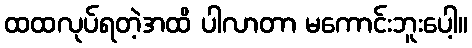
ထထလုပ်ရတဲ့အထိ ပါလာတာ မကောင်းဘူးပေါ့။